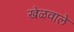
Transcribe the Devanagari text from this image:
खेळवाले